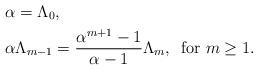
LaTeX: \begin{align*} &\alpha = \Lambda_0,\\ &\alpha\Lambda_{m-1} = \frac{\alpha^{m+1}-1}{\alpha-1}\Lambda_{m},\,\text{ for }m\geq1. \end{align*}